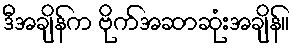
ဒီအချိန်က ဗိုက်အဆာဆုံးအချိန်။